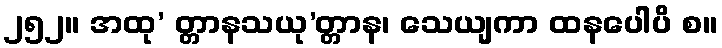
၂၅၂။ အထု’ တ္တာနသယု’တ္တာန၊ သေယျကာ ထနပေါပိ စ။